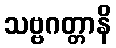
သဗ္ဗဂတ္တာနိ